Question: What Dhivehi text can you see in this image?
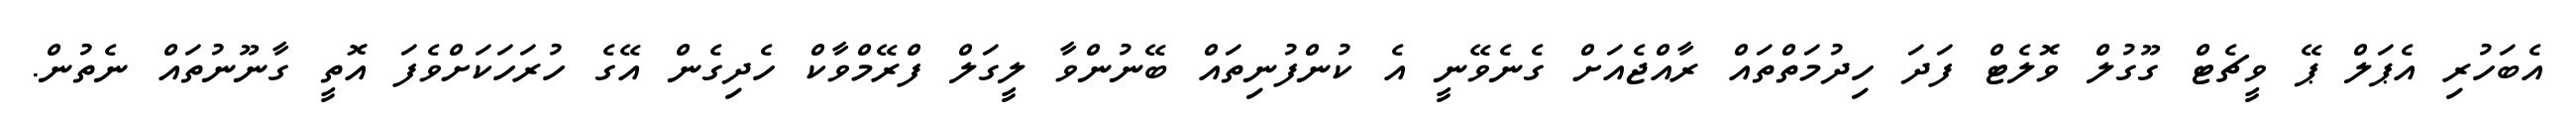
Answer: އެބަހުރި އެޕަލް ޕޭ ވީޗެޓް ގޫގުލް ވޮލެޓް ފަދަ ހިދުމަތްތައް ރާއްޖެއަށް ގެނެވޭނީ އެ ކުންފުނިތައް ބޭނުންވާ ލީގަލް ފްރޭމްވާކް ހެދިގެން އޭގެ ހުރަހަކަށްވެފަ އޮތީ ގާނޫނުތައް ނެތުން.